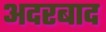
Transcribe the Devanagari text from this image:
अदरबाद